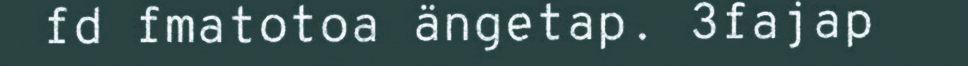
fd fmatotoa ängetap. 3fajap